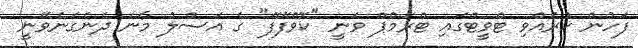
ފަހުން ކުރެއްވި ޓްވީޓްގައި ޓްރަމްޕް ވަނީ "ކޮވްފޭފޭ" ގެ އަސްލު މާނަ ދެނެގަނެވޭނީ